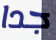
جدا